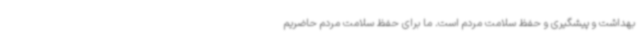
بهداشت و پیشگیری و حفظ سلامت مردم است. ما برای حفظ سلامت مردم حاضریم